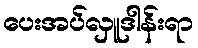
ပေးအပ်လှူဒါန်းရာ